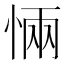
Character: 𭝏